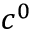
c ^ { 0 }